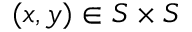
( x , y ) \in S \times S